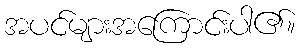
အပင်များအကြောင်းပါ၏။